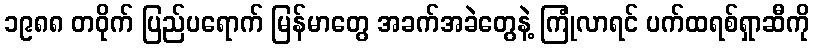
၁၉၈၈ တဝိုက် ပြည်ပရောက် မြန်မာတွေ အခက်အခဲတွေနဲ့ ကြုံလာရင် ပက်ထရစ်ရှာဆီကို